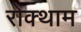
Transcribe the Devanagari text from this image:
रोक्थाम